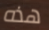
هذه